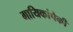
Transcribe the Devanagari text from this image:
गायिकांपैकी